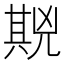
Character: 𱏪